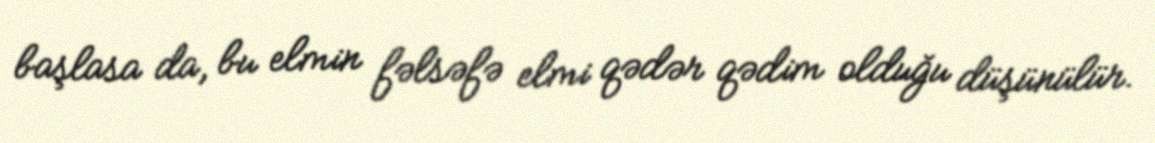
başlasa da, bu elmin fəlsəfə elmi qədər qədim olduğu düşünülür.